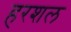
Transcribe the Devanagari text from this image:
हरशल